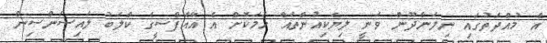
އެ މުއްދަތުގައި ނިލަންދޫން ވަނީ ލިޔެކިއުންތައް ހަމަކޮށް އެ އޭއެފްސީގެ ކްލަބު ލައިސަންސިން